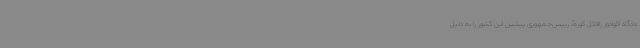
دادگاه اکوادور رافائل کوره‌آ، رییس‌جمهوری پیشین این کشور را به دلیل